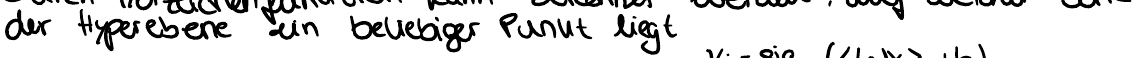
der Hyperebene ein beliebiger Punkt liegt